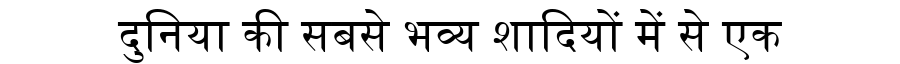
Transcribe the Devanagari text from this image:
दुनिया की सबसे भव्य शादियों में से एक